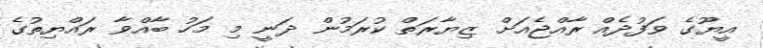
އީޔޫގެ ވަފުދެއް ރާއްޖެއަށް ޒިޔާރަތް ކުރަމުން ދަނީ މި މަހު ބާއްވާ ރައްޔިތުގެ